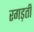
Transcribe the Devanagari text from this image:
रगड़ती